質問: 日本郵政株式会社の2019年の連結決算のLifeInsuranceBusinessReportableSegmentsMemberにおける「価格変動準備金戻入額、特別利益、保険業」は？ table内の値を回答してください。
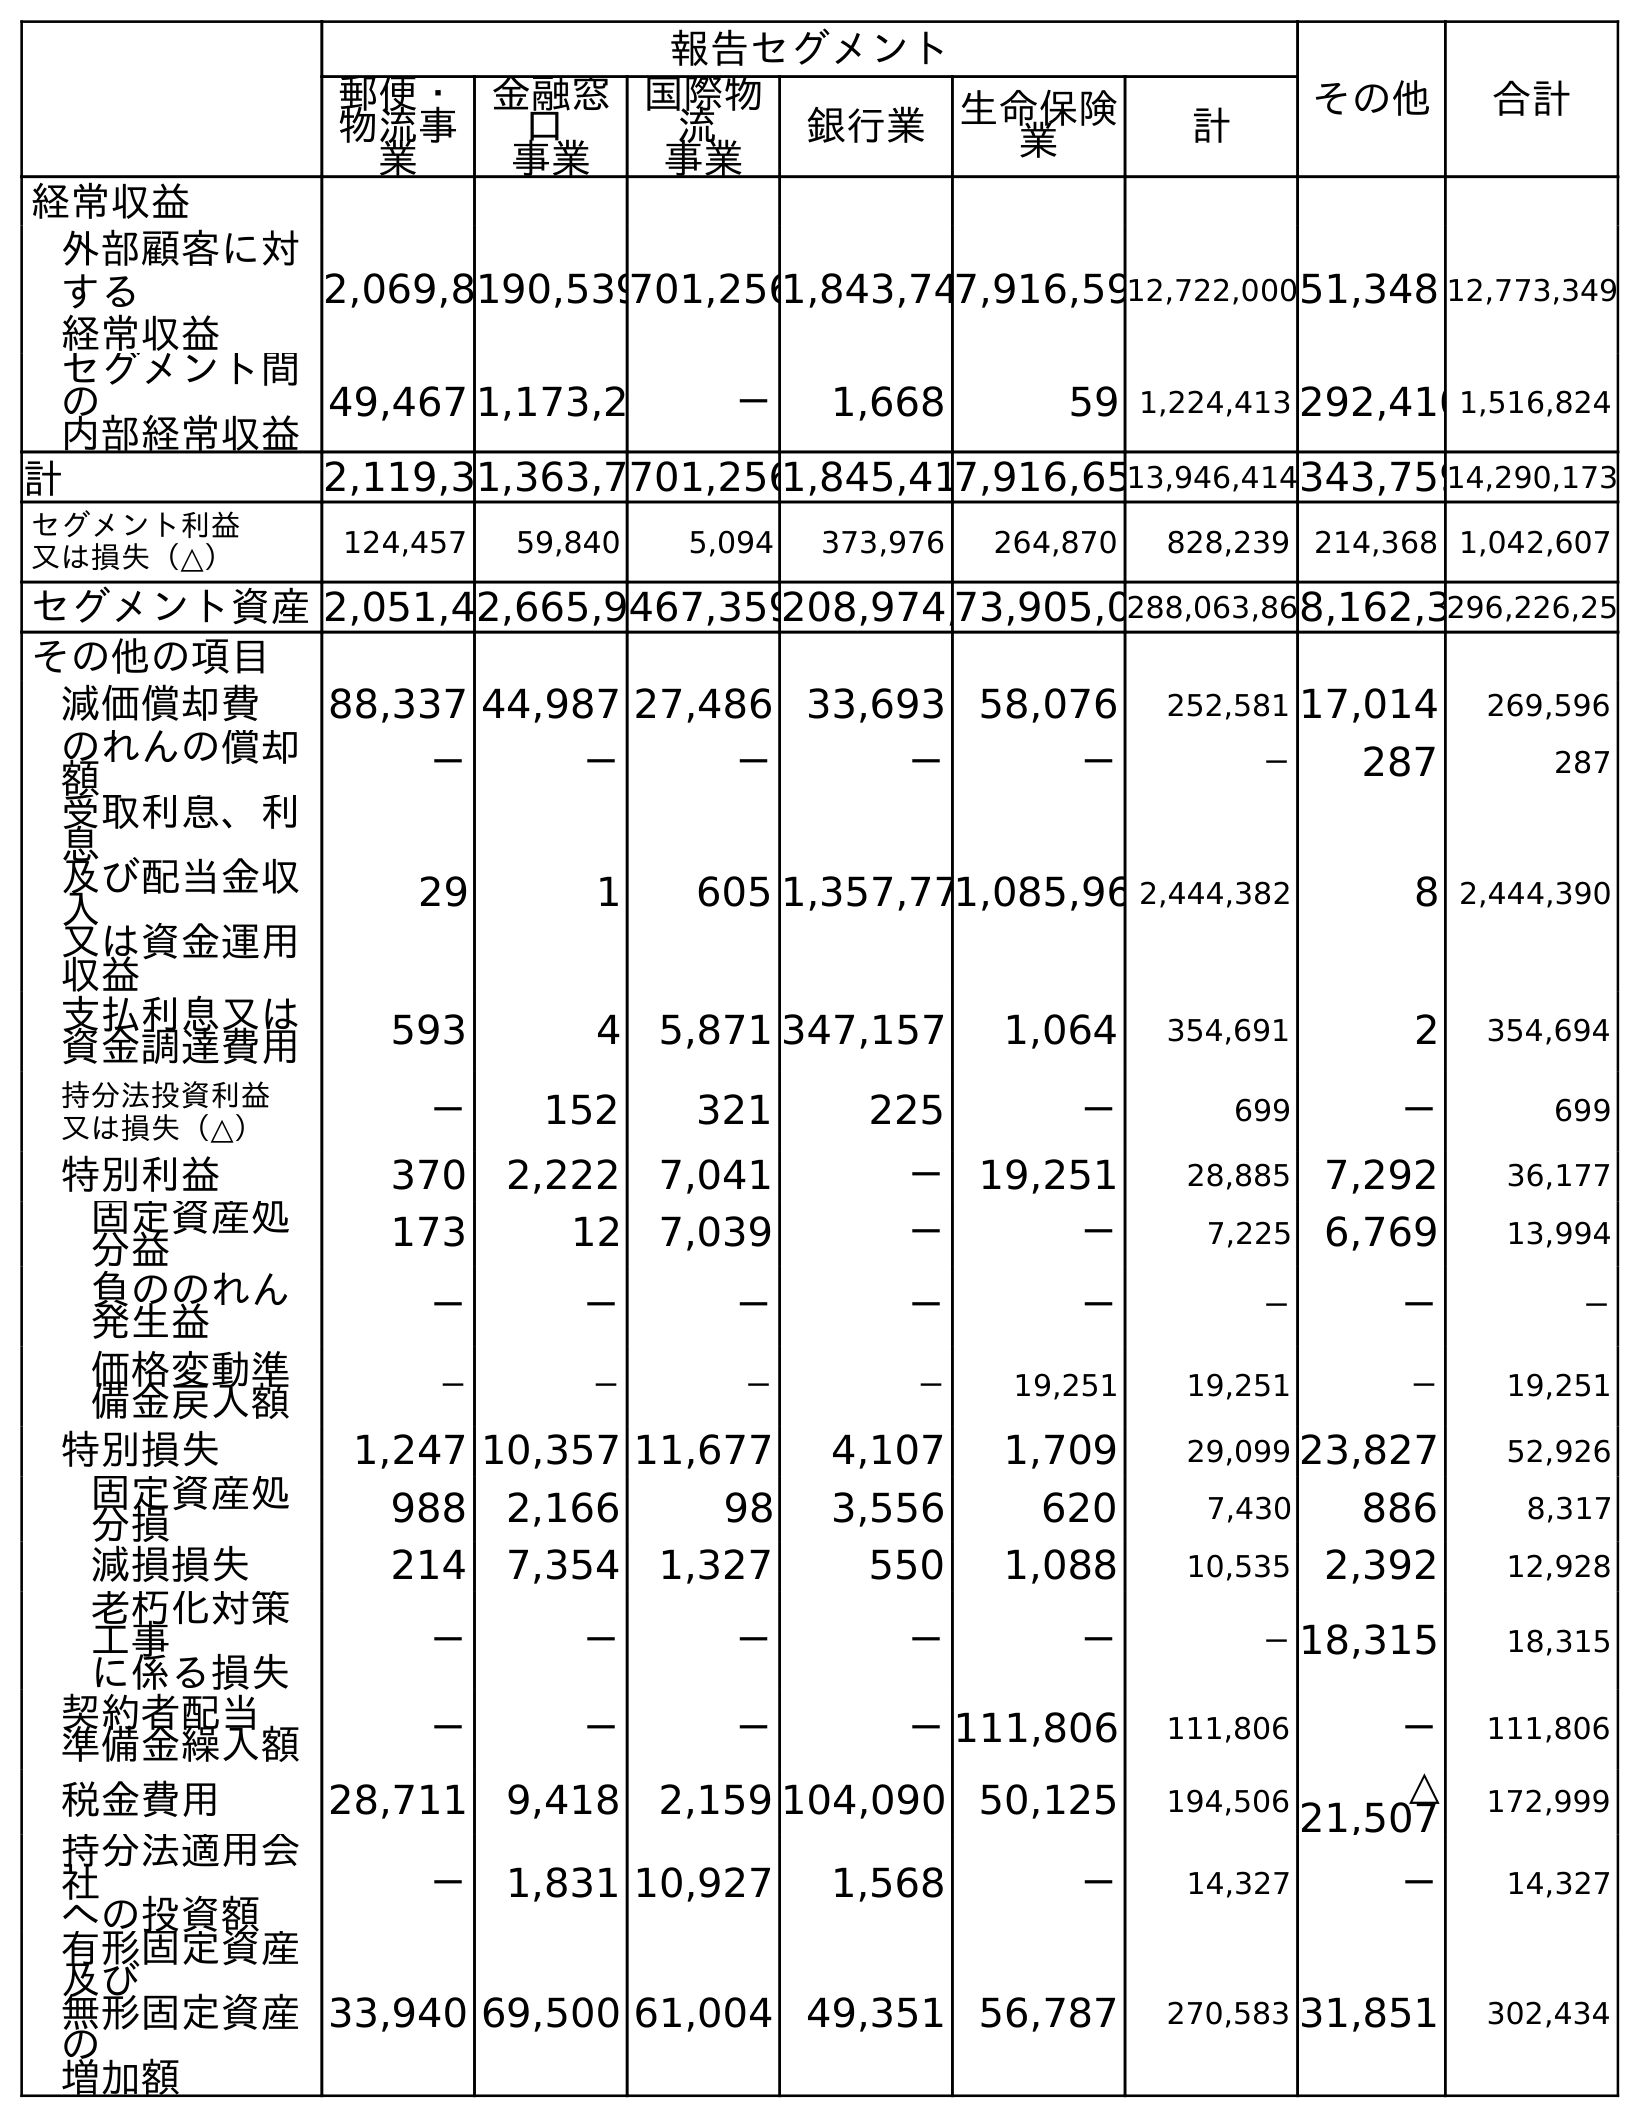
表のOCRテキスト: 報告セグメント その他 合計 郵便・ 物流事 業 金融窓 口 事業 国際物 流 事業 銀行業 生命保険 業 計 経常収益 外部顧客に対 する 経常収益 2,069,8190,539701,2561,843,747,916,5912,722,00051,348 12,773,349 セグメント間 の 内部経常収益 49,467 1,173,2 － 1,668 59 1,224,413 292,4101,516,824 計 2,119,31,363,7701,2561,845,417,916,6513,946,414343,75914,290,173 セグメント利益 又は損失（△） 124,457 59,840 5,094 373,976 264,870 828,239 214,368 1,042,607 セグメント資産2,051,42,665,9467,359208,974,73,905,0288,063,868,162,3296,226,25 その他の項目 減価償却費 88,337 44,987 27,486 33,693 58,076 252,581 17,014 269,596 のれんの償却 額 － － － － － － 287 287 受取利息、利 息 及び配当金収 入 又は資金運用 収益 29 1 605 1,357,771,085,96 2,444,382 8 2,444,390 支払利息又は 資金調達費用 593 4 5,871 347,157 1,064 354,691 2 354,694 持分法投資利益 又は損失（△） － 152 321 225 － 699 － 699 特別利益 370 2,222 7,041 － 19,251 28,885 7,292 36,177 固定資産処 分益 173 12 7,039 － － 7,225 6,769 13,994 負ののれん 発生益 － － － － － － － － 価格変動準 備金戻入額 － － － － 19,251 19,251 － 19,251 特別損失 1,247 10,357 11,677 4,107 1,709 29,099 23,827 52,926 固定資産処 分損 988 2,166 98 3,556 620 7,430 886 8,317 減損損失 214 7,354 1,327 550 1,088 10,535 2,392 12,928 老朽化対策 工事 に係る損失 － － － － － －18,315 18,315 契約者配当 準備金繰入額 － － － －111,806 111,806 － 111,806 税金費用 28,711 9,418 2,159 104,090 50,125 194,506 △ 21,507 172,999 持分法適用会 社 への投資額 － 1,831 10,927 1,568 － 14,327 － 14,327 有形固定資産 及び 無形固定資産 の 増加額 33,940 69,500 61,004 49,351 56,787 270,583 31,851 302,434
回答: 19,251